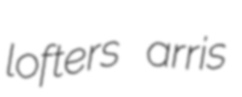
lofters arris